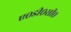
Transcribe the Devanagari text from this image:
ए०डी०सी०